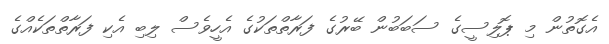
އެގޮތުން މި ޕޮލިސީގެ ސަބަބުން ބޭރުގެ ފަރާތްތަކުގެ އެހީވެސް ލިބި އެކި ފަރާތްތަކެއްގެ